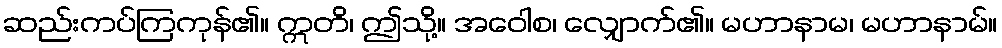
ဆည်းကပ်ကြကုန်၏။ ဣတိ၊ ဤသို့။ အဝေါစ၊ လျှောက်၏။ မဟာနာမ၊ မဟာနာမ်။